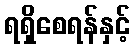
ရရှိစေရန်နှင့်